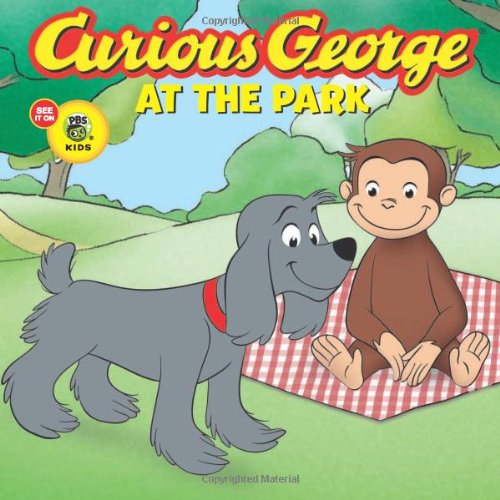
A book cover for Curious George at the Park (CGTV Touch-and-Feel Board Book); H. A. Rey; Children's Books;